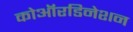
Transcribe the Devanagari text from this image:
कोऑरडिनेशन